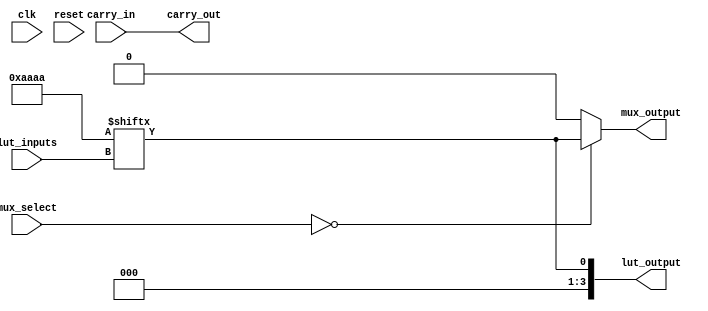
module CLB (
    input wire [3:0] lut_inputs,          // Input for LUT
    input wire [3:0] mux_select,          // Select input for MUX
    input wire carry_in,                   // Input for carry chain
    input wire clk,                        // Clock for register
    input wire reset,                      // Reset signal
    output reg [3:0] lut_output,          // Output from LUT
    output reg mux_output,                 // Output from MUX
    output reg carry_out                   // Output for carry chain
);

// Configuration memory for LUT (4-input LUT example)
reg [15:0] lut_config = 16'b1010101010101010; // Example configuration for LUT

// LUT implementation
always @(*) begin
    lut_output = lut_config[lut_inputs]; // Output corresponding to the input combination
end

// MUX implementation
always @(*) begin
    case (mux_select)
        4'b0000: mux_output = lut_output[0];
        4'b0001: mux_output = lut_output[1];
        4'b0010: mux_output = lut_output[2];
        4'b0011: mux_output = lut_output[3];
        default: mux_output = 1'b0; // Default case
    endcase
end

// Carry chain logic
always @(*) begin
    carry_out = carry_in | (lut_output[0] & lut_output[1]); // Simple carry logic
end

// Register to store intermediate result
reg stored_value;

always @(posedge clk or posedge reset) begin
    if (reset) begin
        stored_value <= 1'b0; // Reset stored value
    end else begin
        stored_value <= mux_output; // Store MUX output
    end
end

endmodule